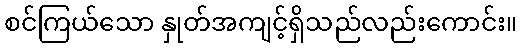
စင်ကြယ်သော နှုတ်အကျင့်ရှိသည်လည်းကောင်း။